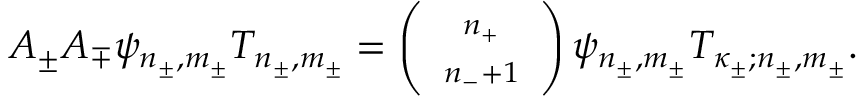
A _ { \pm } A _ { \mp } \psi _ { n _ { \pm } , m _ { \pm } } T _ { n _ { \pm } , m _ { \pm } } = \left( \begin{array} { c } { { \scriptstyle n _ { + } } } \\ { { \scriptstyle { n _ { - } + 1 } } } \end{array} \right) \psi _ { n _ { \pm } , m _ { \pm } } T _ { \kappa _ { \pm } ; n _ { \pm } , m _ { \pm } } .